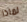
لماذا